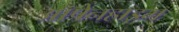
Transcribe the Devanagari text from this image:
ऑपेनहाइम